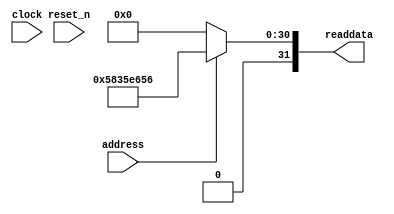
module CPEN_Computer_V1_SysID (
               // inputs:
                address,
                clock,
                reset_n,

               // outputs:
                readdata
             )
;

  output  [ 31: 0] readdata;
  input            address;
  input            clock;
  input            reset_n;

  wire    [ 31: 0] readdata;
  //control_slave, which is an e_avalon_slave
  assign readdata = address ? 1479927382 : 0;

endmodule